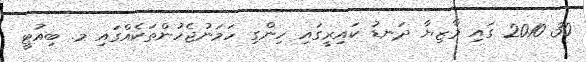
30 2010 ގައި މާޒިޔާ ދަނޑު ކައިރީގައި ހިންގި ހަމަނުޖެހުންތަކެއްގައި މ. ބިއުޓީ